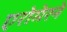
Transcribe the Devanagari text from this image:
एरोमेरने